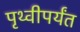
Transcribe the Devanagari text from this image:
पृथ्वीपर्यंत